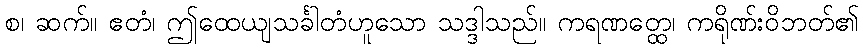
စ၊ ဆက်။ ဧတံ၊ ဤထေယျသင်္ခါတံဟူသော သဒ္ဒါသည်။ ကရဏတ္ထေ၊ ကရိုဏ်းဝိဘတ်၏